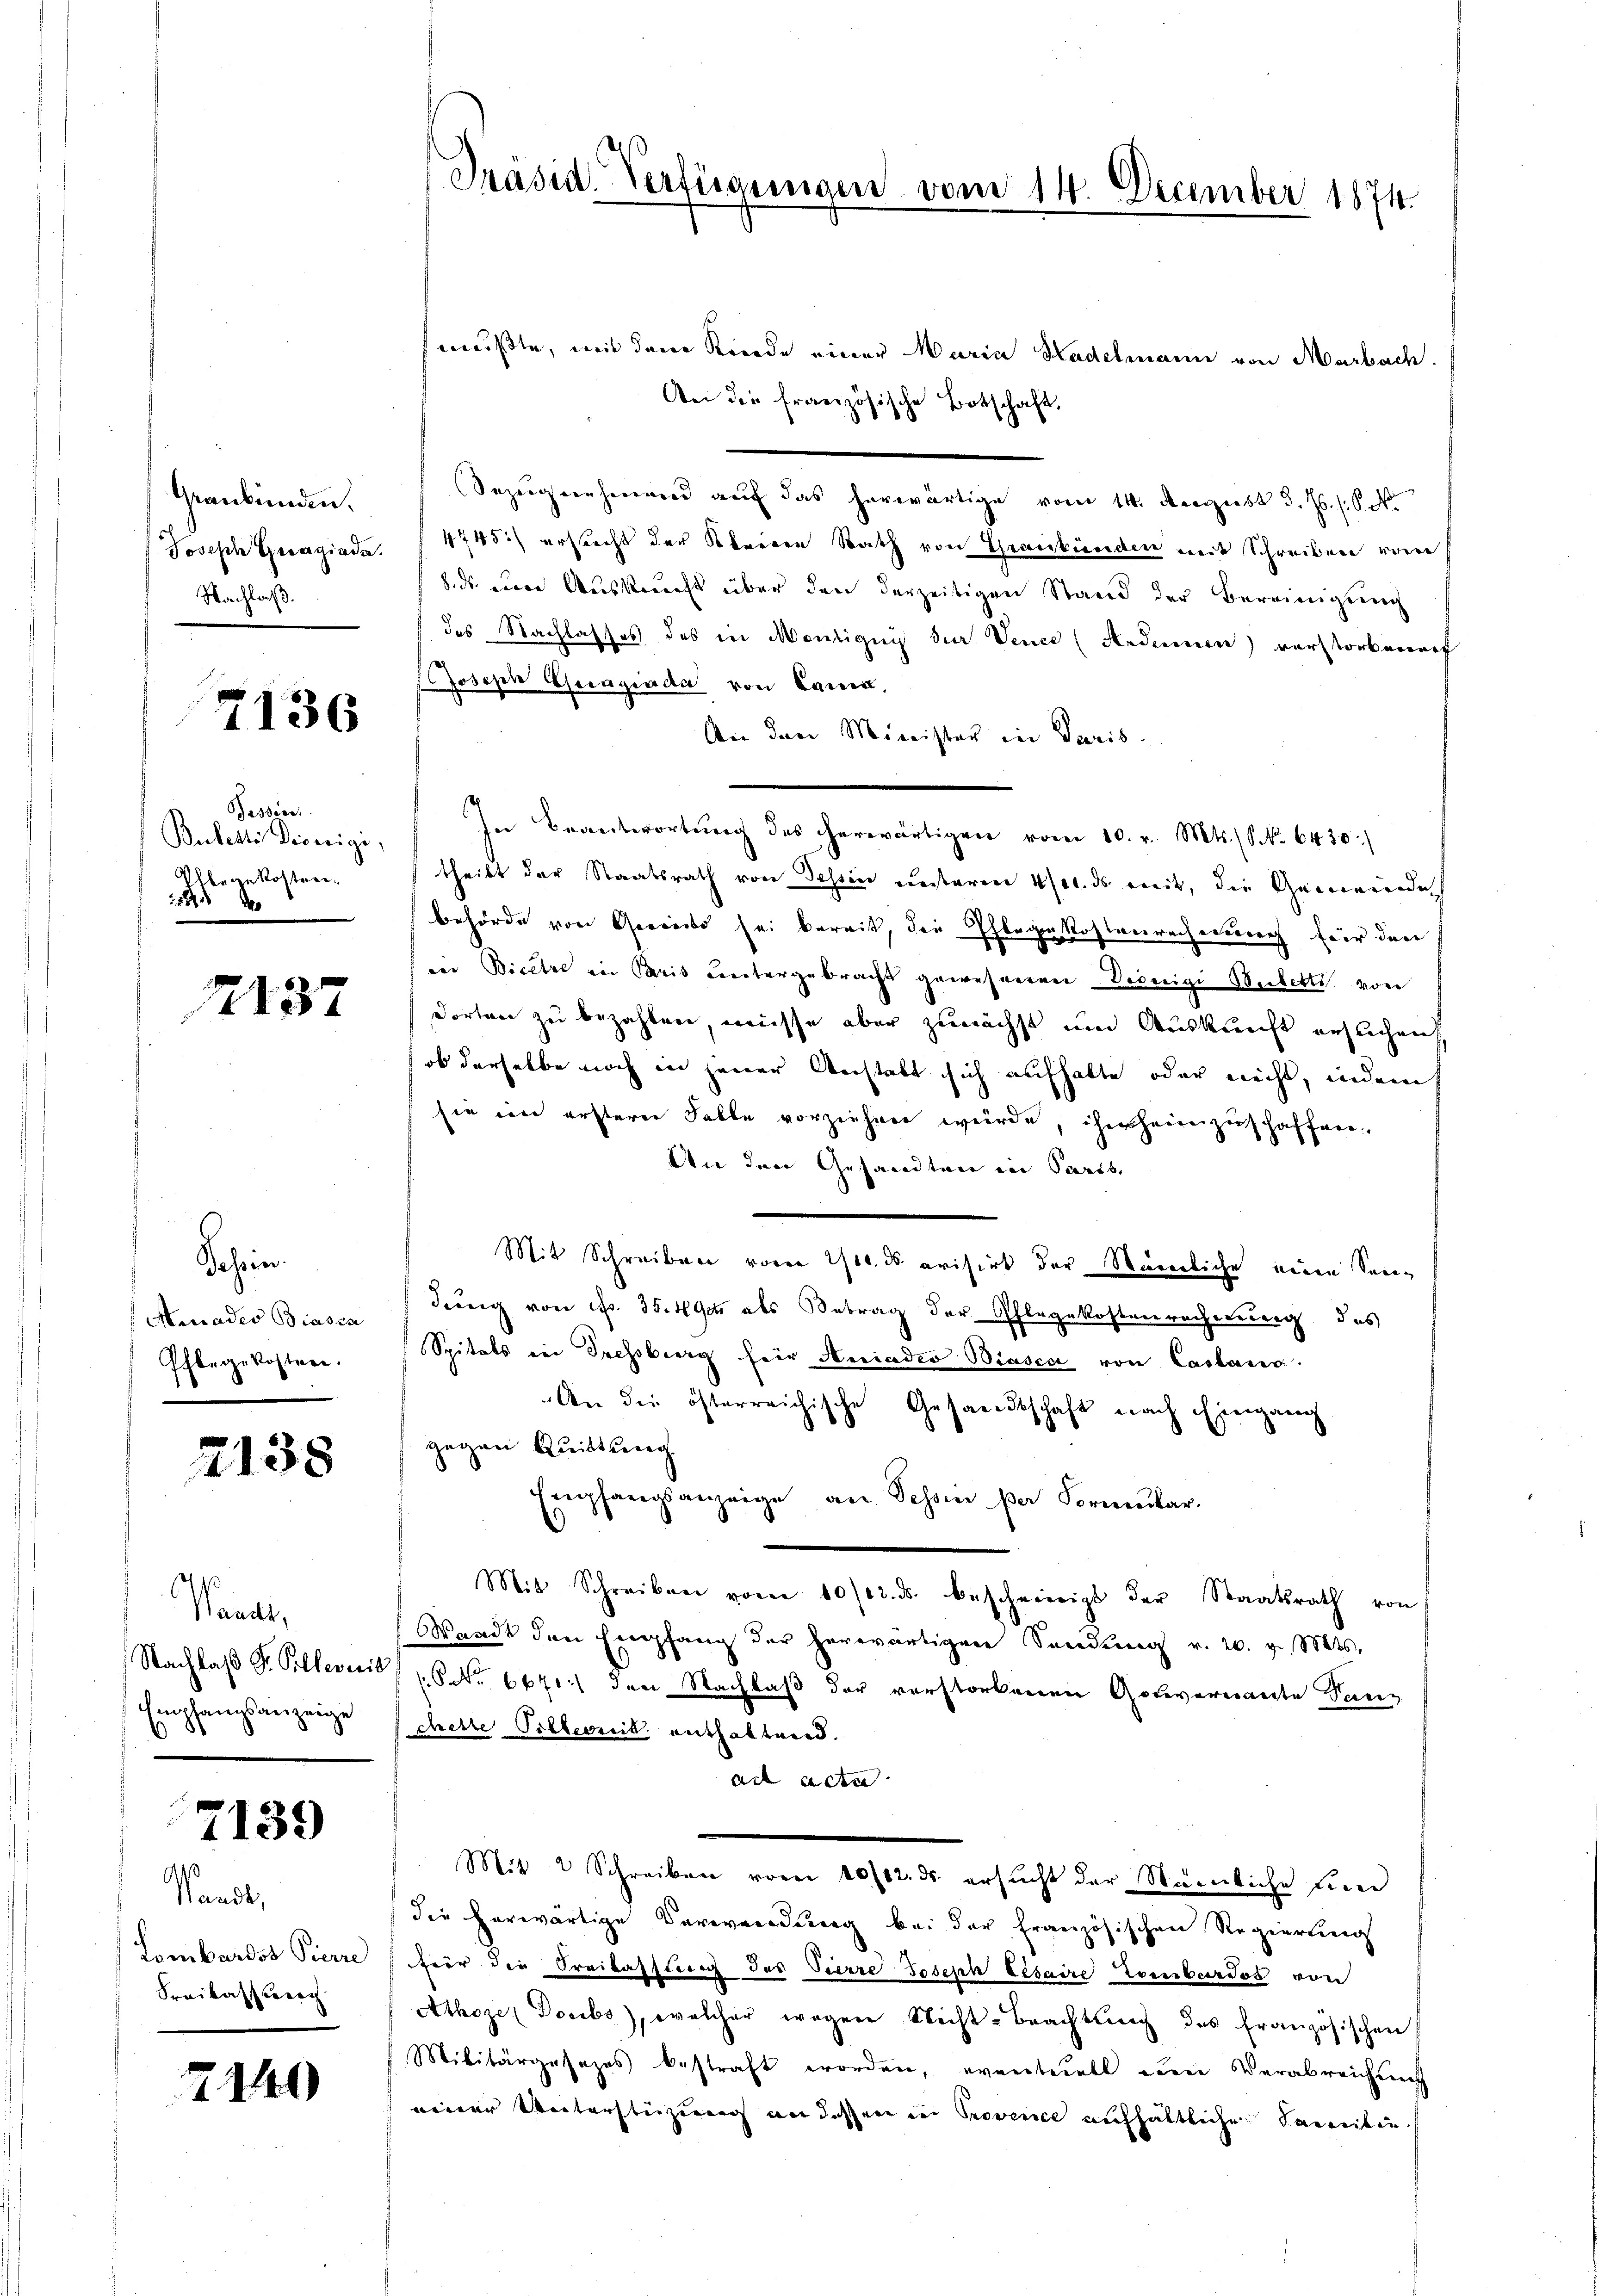
Graubünden.
Josefie Grenziade.
Nachlaß.

7136

Passier
Bubente Dieneigi,
Olbergekostere
 4

12137

Behein.
Acades Biasca
Pflegekostere.

2138

Waadt,
Empfangsanzeige
.

7139

.
Waadt,
Lombardss Pierre
Freikasserrech

2140

Präsid. Verfügungen vom 14. December 1874.

mußte, mit dem Kinde einer Maria Hadelmann von Marbach.
An die französische Botschaft,
Bezugnahmend auf das herwärtige vom 14. dergiebt d. Js. s.
4745) erstrecht der Obrigen Rath von Graubünden mit Schreiben vom
8. ds um Auskunft über den derzeitigen Stand der Bereinigung
des Nachlasses des in Montigung der Vence (Aedenen) verstorbenef
Joseph Geragioda von Land,
An den Minister in Paris.
In Beantwortŭng des herwärtigen vom 10. v. Mts. (N. 6430:
theilt der Staatsrath von Tessin einsteren 400. ds weit, die Gemeinde
behörde von Gereits sei bereit, die Phlege Kostenrechnung für den
iii Bicere in Paris untergebracht gewesenen Vereigi Beiletti von
dorten zu bezahlen, müsse aber zunächst um Auskunft erflichen,
ob derselbe noch in jener Anstalt sich aufhalte oder nicht, indem
sie im ersterer Falle vorziehen werde, ihn heimzuschaffen
An den Gesandten in Paris,
Mit Schreiben vor 100. ds. evisirt der Ständliche einen Sen¬
Jung von Nr. 35. Noch als Betrag der Pflegekostenrecherung des
Spitals im Sechsberg für Aniadio Biasca von Castand.
An die österreichische Gesandtschaft nach Eingang
gegen Quittung
Empfangsanzeige, an Schein par Formular-
Mit Schreiben vom 10/12. ds. bescheinigt der Staatsrath von
Waadt den Empfang der herwärtigen Sendung v. 20. v. Mts.
Nachlaβ Fr. Silleveri / 1 S. 6671) den Nachlaß der vorstorbenen Gouvernante Sanchette Pillereit enthaltrind.
ad acta
Mit 2 Schreiben vom 10/12. ds. ersucht der Steinliche Eier
die herwärtige Verwendung bei der Französischen Regierung
fier die Freilassung des Vierre Joseph Lisaire Tombardos von
Athoze Docibs), welcher wegen Nicht-Beachtung des französischen
Militärgesezes bestraft worden, eventuell um Verabreichung
einer Unterstüzung an dessen in Provence aufhaltliche Familie